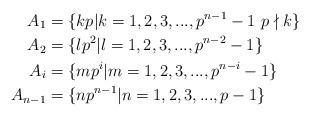
LaTeX: \begin{align*} A_{1} &=\{kp|k= 1,2,3,...,p^{n-1}-1\, \, p\nmid k\} \\ A_{2} &=\{lp^2|l =1,2,3,...,p^{n-2}-1\}\\ A_{i} &=\{mp^i|m =1,2,3,...,p^{n-i}-1\}\\ A_{n-1} &=\{np^{n-1}|n =1,2,3,...,p-1\}\end{align*}